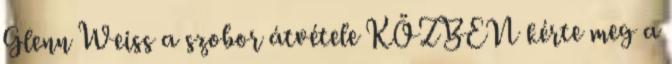
Glenn Weiss a szobor átvétele KÖZBEN kérte meg a